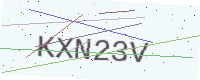
Text: KXN23V